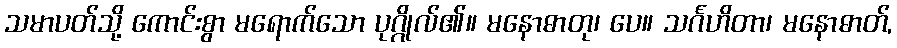
သမာပတ်သို့ ကောင်းစွာ မရောက်သော ပုဂ္ဂိုလ်၏။ မနောဓာတု၊ ပေ။ သင်္ဂဟိတာ၊ မနောဓာတ်,